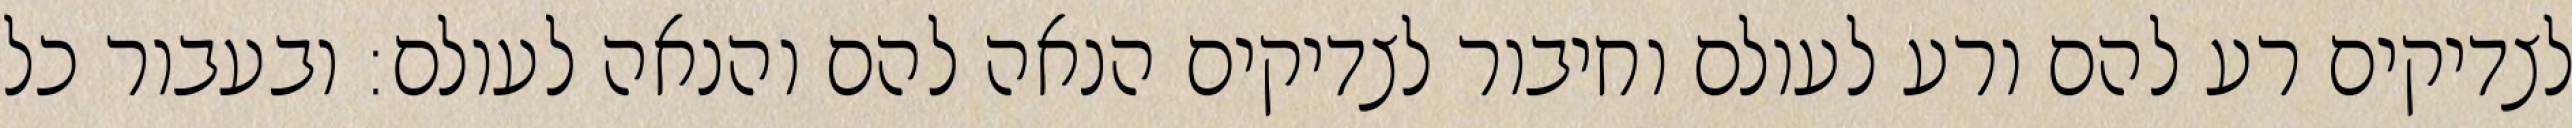
לצדיקים רע להם ורע לעולם וחיבור לצדיקים הנאה להם והנאה לעולם: ובעבור כל